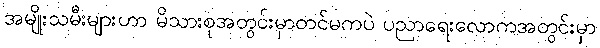
အမျိုးသမီးများဟာ မိသားစုအတွင်းမှာတင်မကပဲ ပညာရေးလောကအတွင်းမှာ